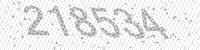
Solution: 218534